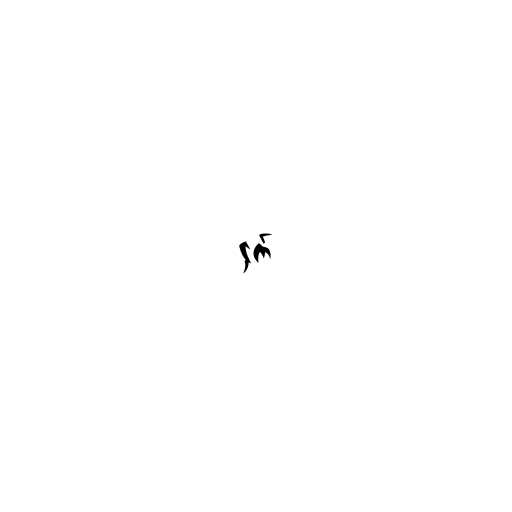
ငှက်